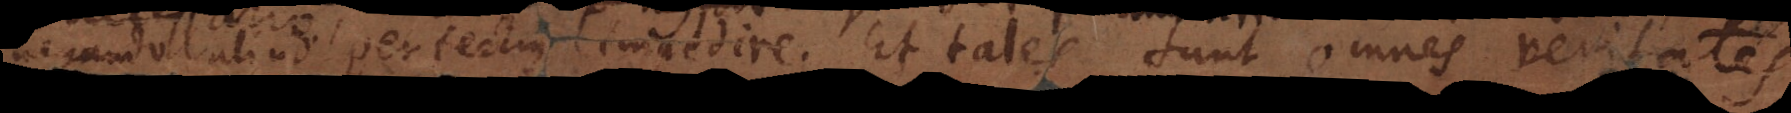
negando aliud perfectius impedire. Et tales sunt omnes veritates